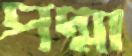
পদ্মা